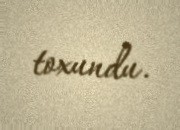
toxundu.